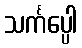
သင်္ကပ္ပေါ